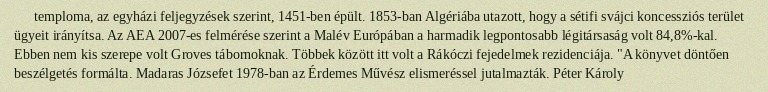
temploma, az egyházi feljegyzések szerint, 1451-ben épült. 1853-ban Algériába utazott, hogy a sétifi svájci koncessziós terület ügyeit irányítsa. Az AEA 2007-es felmérése szerint a Malév Európában a harmadik legpontosabb légitársaság volt 84,8%-kal. Ebben nem kis szerepe volt Groves tábornoknak. Többek között itt volt a Rákóczi fejedelmek rezidenciája. "A könyvet döntően beszélgetés formálta. Madaras Józsefet 1978-ban az Érdemes Művész elismeréssel jutalmazták. Péter Károly